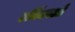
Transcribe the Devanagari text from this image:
उर्मिकाओं